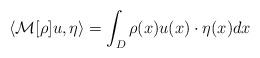
LaTeX: \begin{align*} \langle \mathcal{M}[\rho]u,\eta \rangle = \int_{D} \rho(x) u(x) \cdot \eta(x) dx\end{align*}